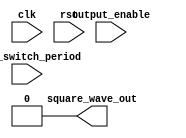
module tone_generator (
    input output_enable,
    input [23:0] tone_switch_period,
    input clk,
    input rst,
    output square_wave_out
);
  // USE YOUR IMPLEMENTATION FROM PREVIOUS LABS.

  assign square_wave_out = 1'b0;
endmodule